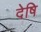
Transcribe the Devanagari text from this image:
देषि